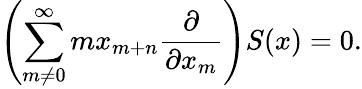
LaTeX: \left(\sum_{m\neq 0}^{\infty}{mx_{m+n}{\frac{\partial}{\partial x_{m}}}}\right)S(x)=0.